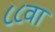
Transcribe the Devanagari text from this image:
८८वा